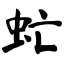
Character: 虻